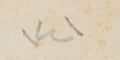
١٤١